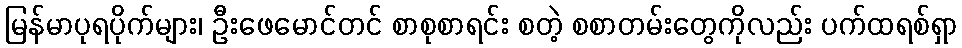
မြန်မာပုရပိုက်များ၊ ဦးဖေမောင်တင် စာစုစာရင်း စတဲ့ စစာတမ်းတွေကိုလည်း ပက်ထရစ်ရှာ